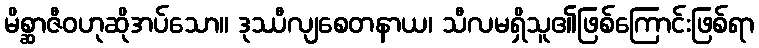
မိစ္ဆာဇီဝဟုဆိုအပ်သော။ ဒုဿီလျစေတနာယ၊ သီလမရှိသူ၏ဖြစ်ကြောင်းဖြစ်ရာ